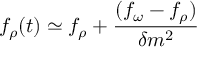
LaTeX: f _ { \rho } ( t ) \simeq f _ { \rho } + \frac { ( f _ { \omega } - f _ { \rho } ) } { \delta m ^ { 2 } }